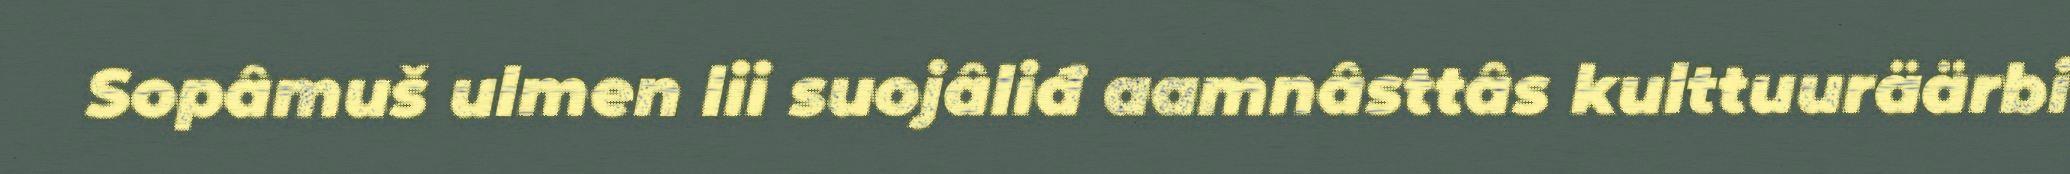
Sopâmuš ulmen lii suojâliđ aamnâsttâs kulttuuräärbi